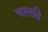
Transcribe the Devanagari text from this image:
चालति